Eesti_Vabariigi_Tartu_Ulikool, lk 74
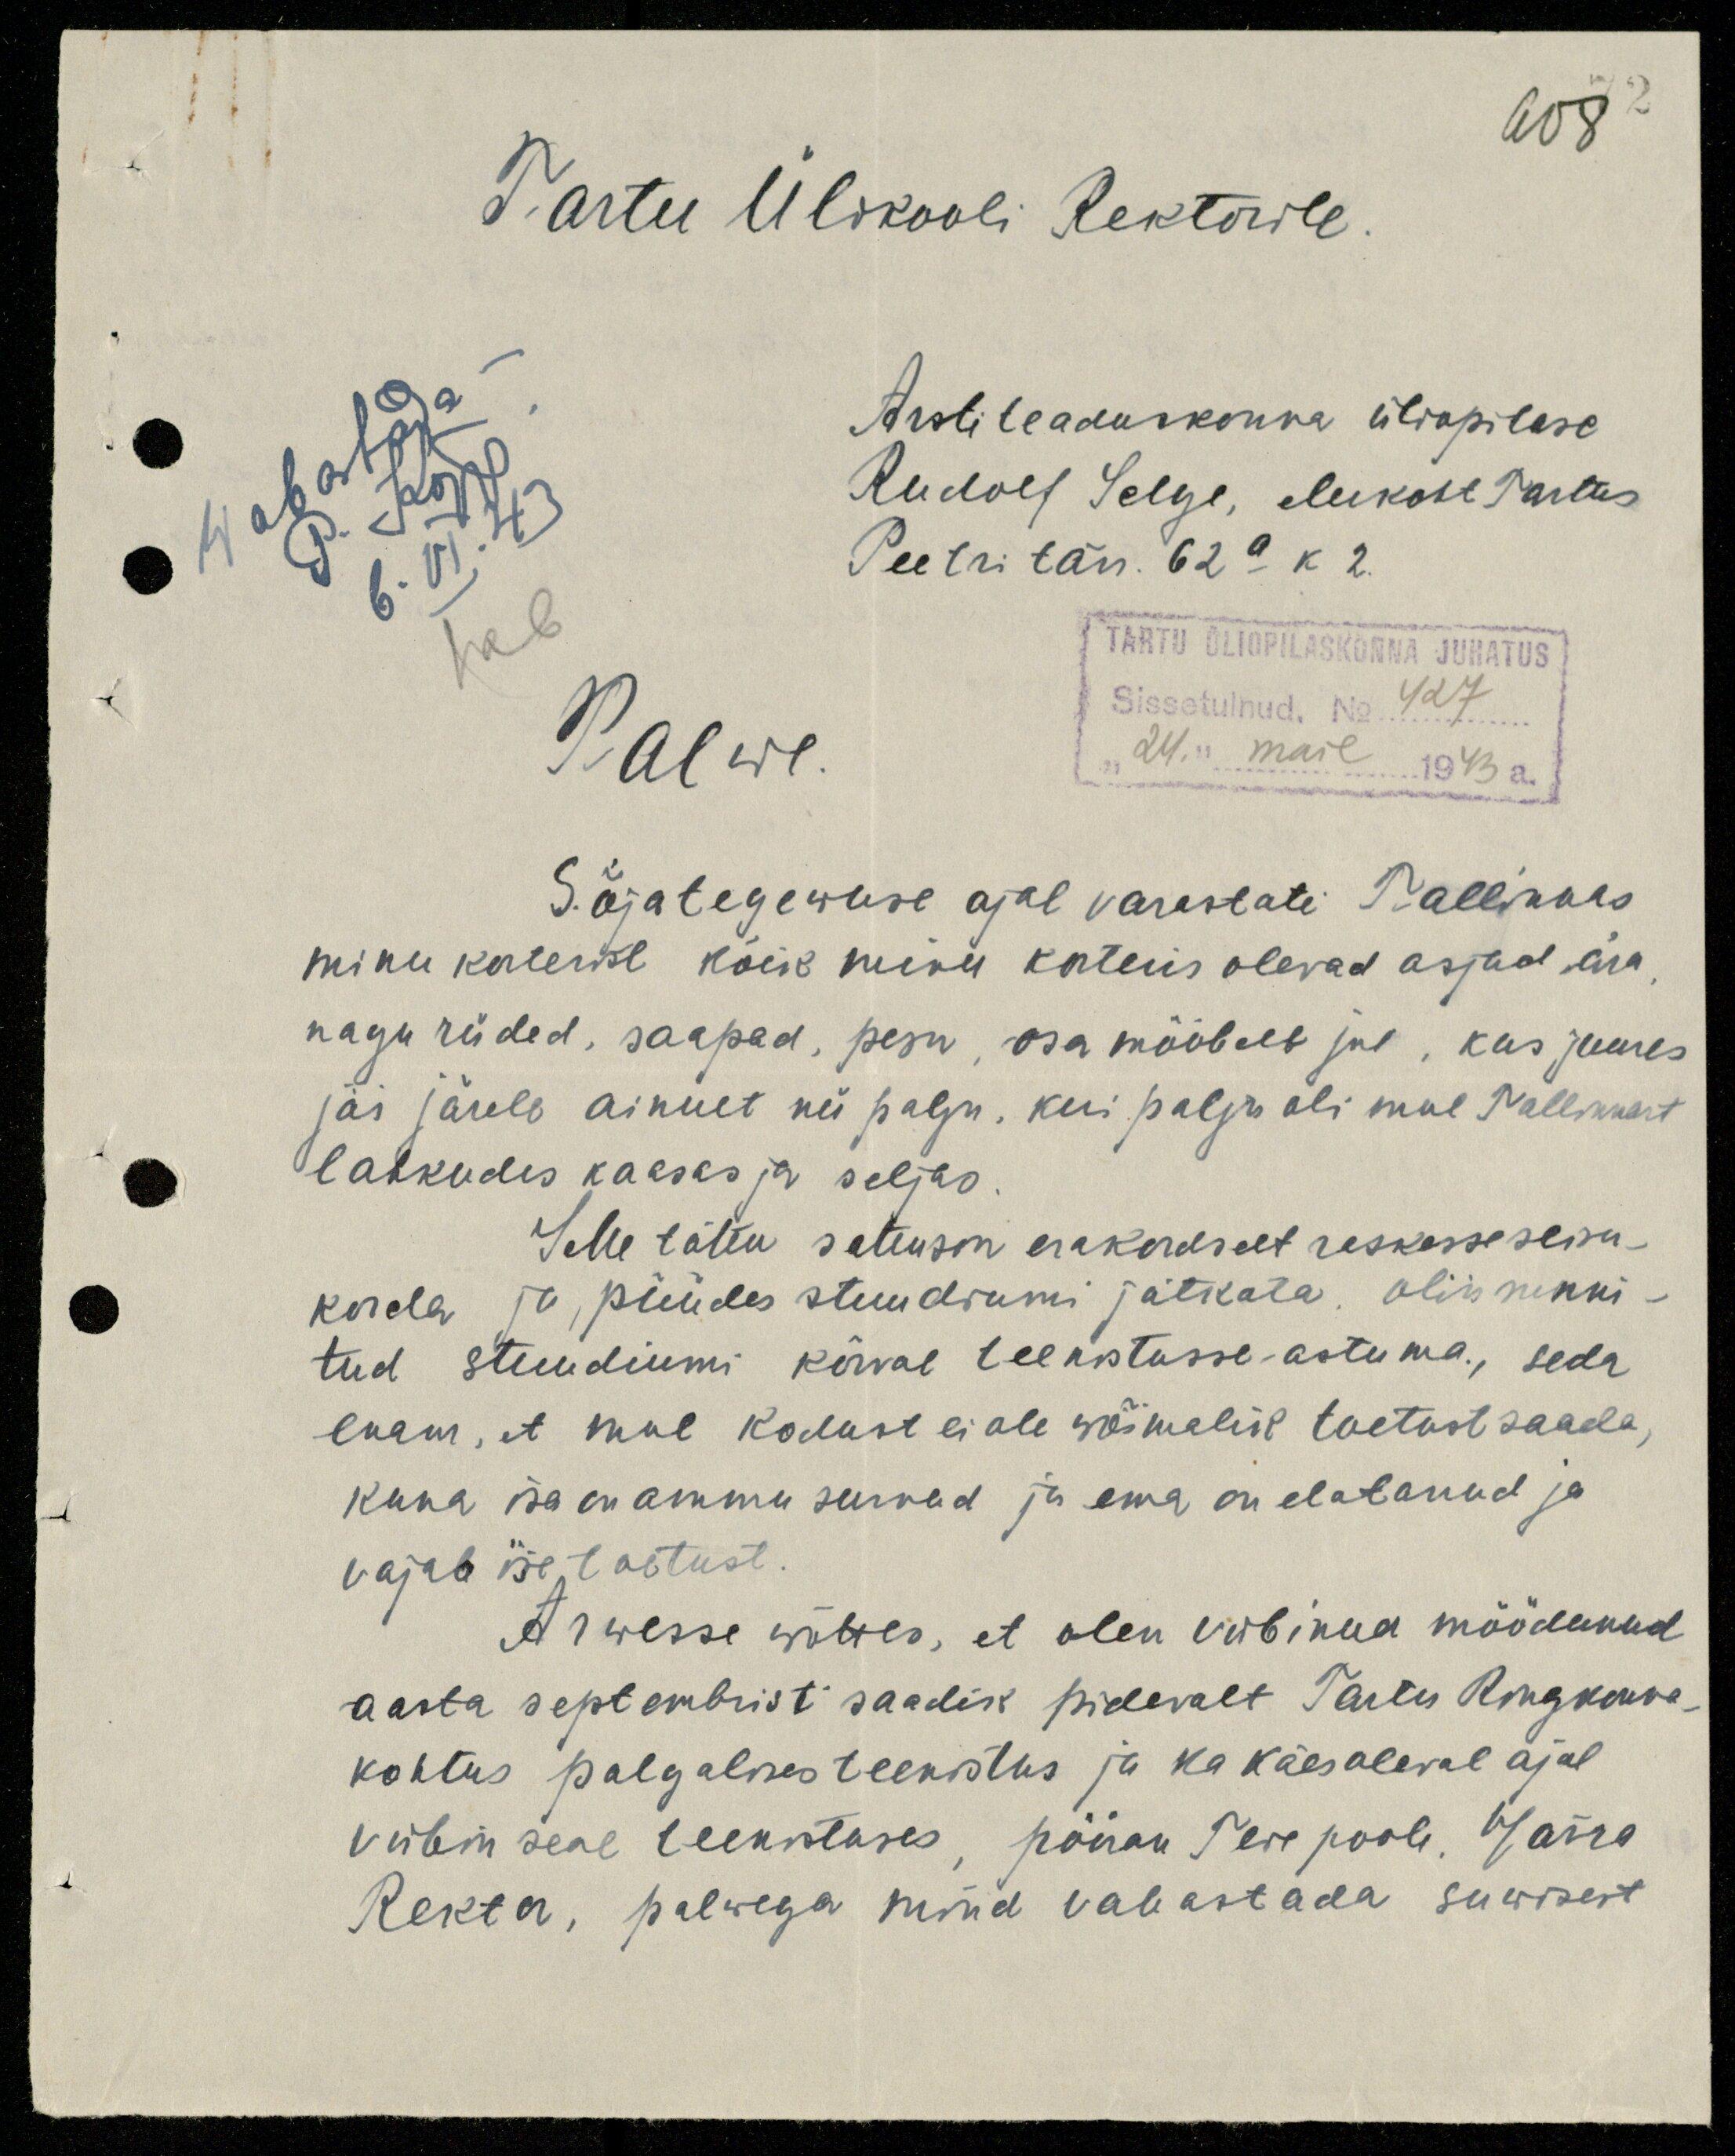
608

Tartu Ülikooli Rektorile
Wabastada -
P. Kõpp.
6.VI.43
vab
Arstiteaduskonna üliõpilase
Rudolf Selge, elukoht Tartus
Peetri tän. 62a k 2.
TARTU ÜLIÕPILASKONNA JUHATUS
Sissetulnud. No 427
"24." mail 1943 a.
Palwe.
Sõjategewuse ajal varastati Tallinnas
minu korterist kõik minu korteris olevad asjad ära
nagu riided, saapad, pesu, osa mööbelt jne, kus juures
jäi järele ainult nii palju, kui palju oli mul Tallinnast
lahkudes kaasas ja seljas.
Selle tõttu sattusin erakordselt raskesseseisu-
korda ja, püüdes stuudiumi jätkata, olin sunni-
tud stuudiumi kõrval teenistusse-astuma., seda
enam, et mul kodust ei ole wõimalik toetust saada,
kuna isa on ammu surnud ja ema on elatanud ja
vajab ise toetust.
Arwesse wõttes, et olen viibinud möödunud
aasta septembrist saadik pidevalt Tartu Ringkonna-
kohtus palgalises teenistus ja ka käesoleval ajal
viibin seal teenistuses, pööran Teie poole, Härra
Rektor, palwega mind vabastada suwisest